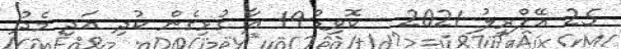
25 އޭޕްރީލު 2021 - ކޮވިޑް-19 އާ ގުޅިގެން ކުދި އަދި މެދު